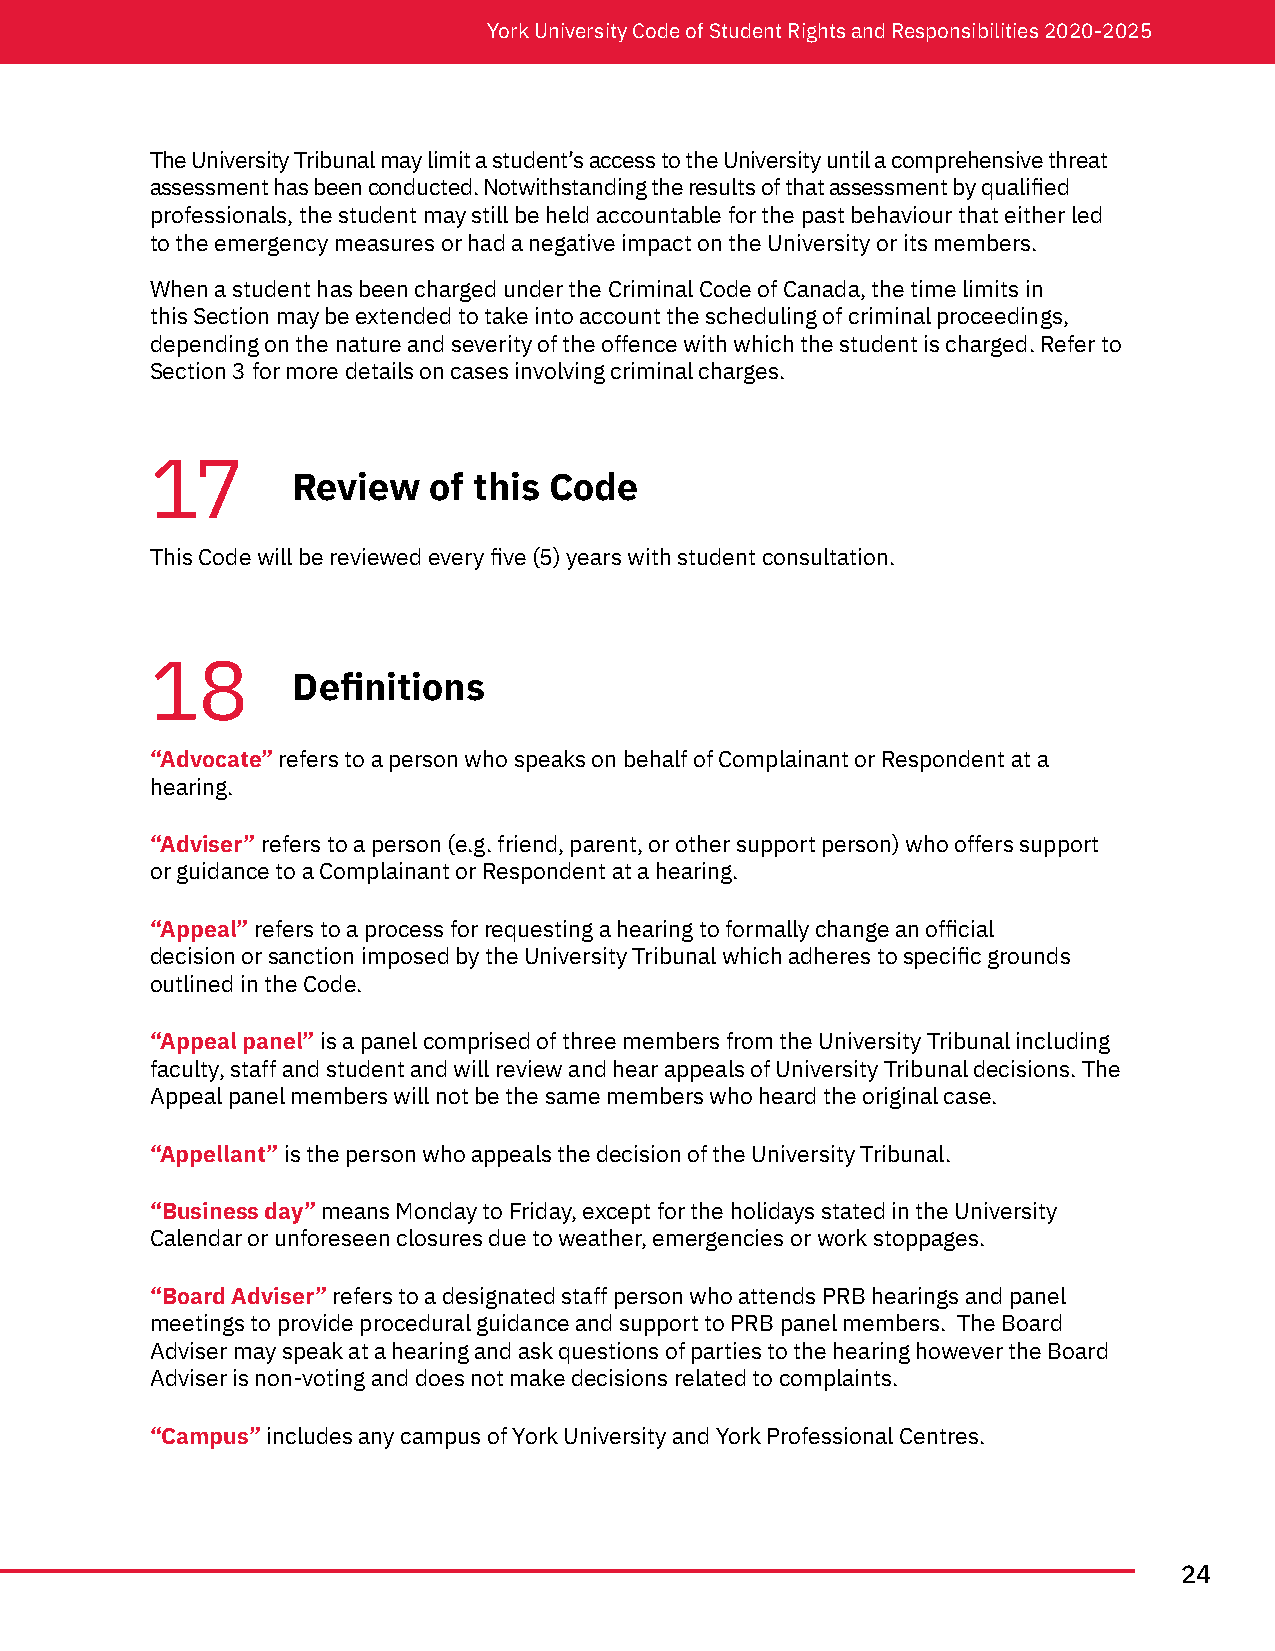
York University Code of Student Rights and Responsibilities 2020-2025
 The University Tribunal may limit a student’s access to the University until a comprehensive threat
 assessment has been conducted. Notwithstanding the results of that assessment by qualified
 professionals, the student may still be held accountable for the past behaviour that either led
 to the emergency measures or had a negative impact on the University or its members.
 When a student has been charged under the Criminal Code of Canada, the time limits in
 this Section may be extended to take into account the scheduling of criminal proceedings,
 depending on the nature and severity of the offence with which the student is charged. Refer to
 Section 3 for more details on cases involving criminal charges.
 17
 Review   of this Code
 This Code will be reviewed every five (5) years with student consultation.
 18
 Definitions
 “Advocate” refers to a person who speaks on behalf of Complainant or Respondent at a
 hearing.
 “Adviser” refers to a person (e.g. friend, parent, or other support person) who offers support
 or guidance to a Complainant or Respondent at a hearing.
 “Appeal” refers to a process for requesting a hearing to formally change an official
 decision or sanction imposed by the University Tribunal which adheres to specific grounds
 outlined in the Code.
 “Appeal panel” is a panel comprised of three members from the University Tribunal including
 faculty, staff and student and will review and hear appeals of University Tribunal decisions. The
 Appeal panel members will not be the same members who heard the original case.
 “Appellant” is the person who appeals the decision of the University Tribunal.
 “Business day” means Monday to Friday, except for the holidays stated in the University
 Calendar or unforeseen closures due to weather, emergencies or work stoppages.
 “Board Adviser” refers to a designated staff person who attends PRB hearings and panel
 meetings to provide procedural guidance and support to PRB panel members. The Board
 Adviser may speak at a hearing and ask questions of parties to the hearing however the Board
 Adviser is non-voting and does not make decisions related to complaints.
 “Campus” includes any campus of York University and York Professional Centres.
 24